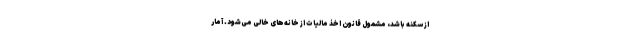
از سکنه باشد، مشمول قانون اخذ مالیات از خانه‌های خالی می‌شود. آمار